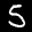
Label: 5